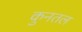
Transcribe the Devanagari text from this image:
कुनतल